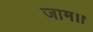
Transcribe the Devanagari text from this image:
जाम।।